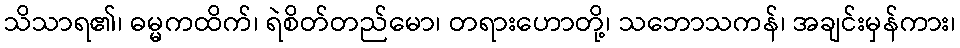
သိသာရ၏၊ ဓမ္မကထိက်၊ ရဲစိတ်တည်မော၊ တရားဟောတို့၊ သဘောသကန်၊ အချင်းမှန်ကား၊